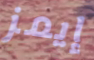
إيمز